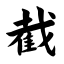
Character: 截